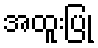
အထူးပြု